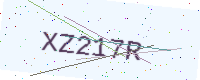
Text: XZ217R